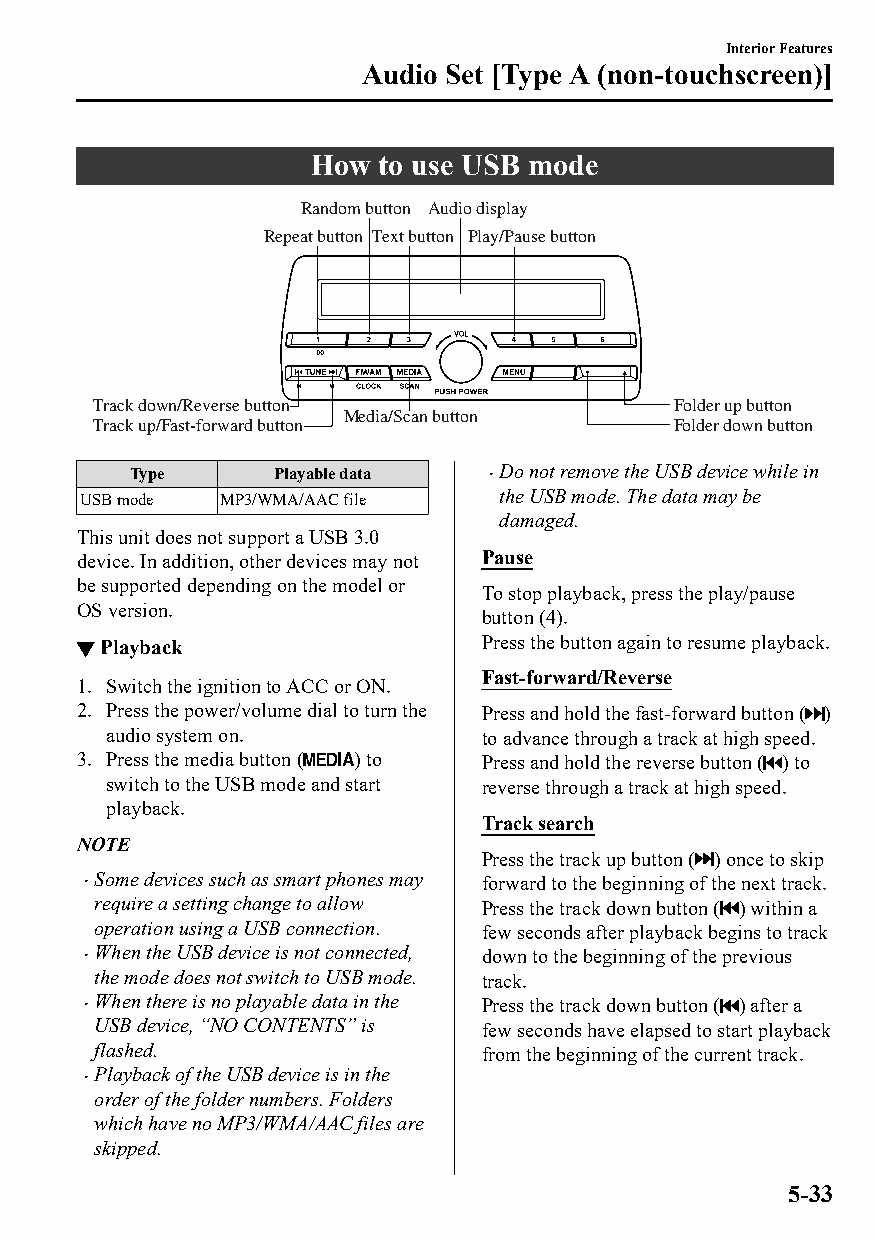
Interior Features
 Audio Set [Type A (non-touchscreen)]
 How  to use USB mode
 Random button Audio display
 Repeat button Text button Play/Pause button
 Track down/Reverse button             Folder up button
 Media/Scan button
 Track up/Fast-forward button          Folder down button
 Type      Playable data Do not remove the USB device while in
 USB mode MP3/WMA/AAC file   the USB mode. The data may be
 damaged.
 This unit does not support a USB 3.0
 device. In addition, other devices may not Pause
 be supported depending on the model or
 To stop playback, press the play/pause
 OS version.
 button (4).
 ▼Playback                  Press the button again to resume playback.
 Fast-forward/Reverse
 1. Switch the ignition to ACC or ON.
 2. Press the power/volume dial to turn the Press and hold the fast-forward button ( )
 audio system on.         to advance through a track at high speed.
 3. Press the media button ( ) to Press and hold the reverse button ( ) to
 switch to the USB mode and start reverse through a track at high speed.
 playback.
 Track search
 NOTE
 Press the track up button ( ) once to skip
 Some devices such as smart phones may forward to the beginning of the next track.
 require a setting change to allow Press the track down button ( ) within a
 operation using a USB connection. few seconds after playback begins to track
 When the USB device is not connected, down to the beginning of the previous
 the mode does not switch to USB mode. track.
 When there is no playable data in the Press the track down button ( ) after a
 USB device, “NO CONTENTS” is few seconds have elapsed to start playback
 flashed.                  from the beginning of the current track.
 Playback of the USB device is in the
 
 order of the folder numbers. Folders
 which have no MP3/WMA/AAC files are
 skipped.
 5-33
 CX-3_8GT4-EE-18D_Edition4                  2018-9-6 18:32:19